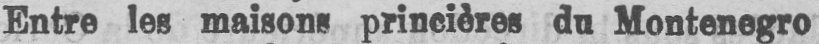
Entre les maisons princières du Montenegro